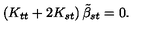
\left( K _ { t t } + 2 K _ { s t } \right) { \tilde { \beta } } _ { s t } = 0 .